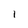
Character: I